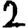
Digit: 2